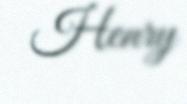
Henry